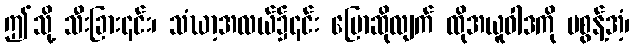
ဤသို့ သီးခြား၎င်း၊ သံဃာ့အလယ်၌၎င်း ပြောဆိုလျက် ထိုအယူဝါဒကို မစွန့်အံ့၊